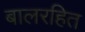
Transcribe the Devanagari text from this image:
बालरहित